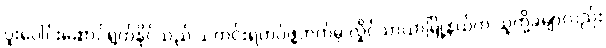
ပူးပေါင်းဆောင်ရွက်နိုင်သည် သတင်းရဲတပ်ဖွဲ့ဘက်မှ လှိုင်သာယာမြို့နယ်က သူတို့ခမျာလည်း